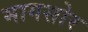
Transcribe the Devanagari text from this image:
मागसोर